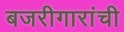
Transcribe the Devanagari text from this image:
बजरीगारांची